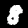
Label: 8